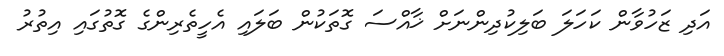
އަދި ޒަހުވާން ކަހަލަ ބަލިކުދިންނަށް ޚާއްސަ ގޮތަކުން ބަލައި އެހީތެރިންގެ ގޮތުގައި އިތުރު